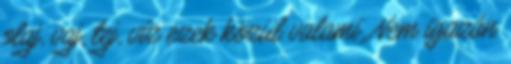
olaj, vaj, tej, víz ezek közül valami. Nem igazán